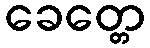
ခေတ္တေ